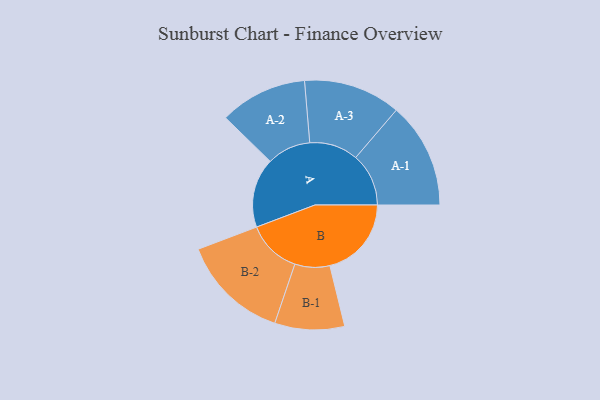
{"axis": {"x": "Segment", "y": "Value"}, "legend": ["", "A", "B"], "data": [{"x": "A", "y": 359, "type": ""}, {"x": "B", "y": 421, "type": ""}, {"x": "A-1", "y": 273, "type": "A"}, {"x": "A-2", "y": 226, "type": "A"}, {"x": "A-3", "y": 251, "type": "A"}, {"x": "B-1", "y": 180, "type": "B"}, {"x": "B-2", "y": 279, "type": "B"}]}